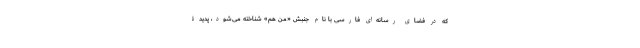
که در فضای رسانه‌ای فارسی با نام جنبش «من هم» شناخته می‌شود، پدیدۀ